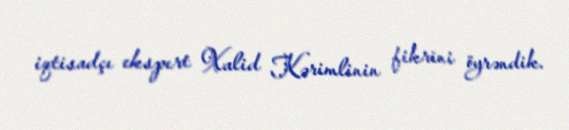
iqtisadçı ekspert Xalid Kərimlinin fikrini öyrəndik.